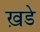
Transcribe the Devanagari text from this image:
ख़डे